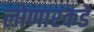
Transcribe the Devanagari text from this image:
लोणारकडे